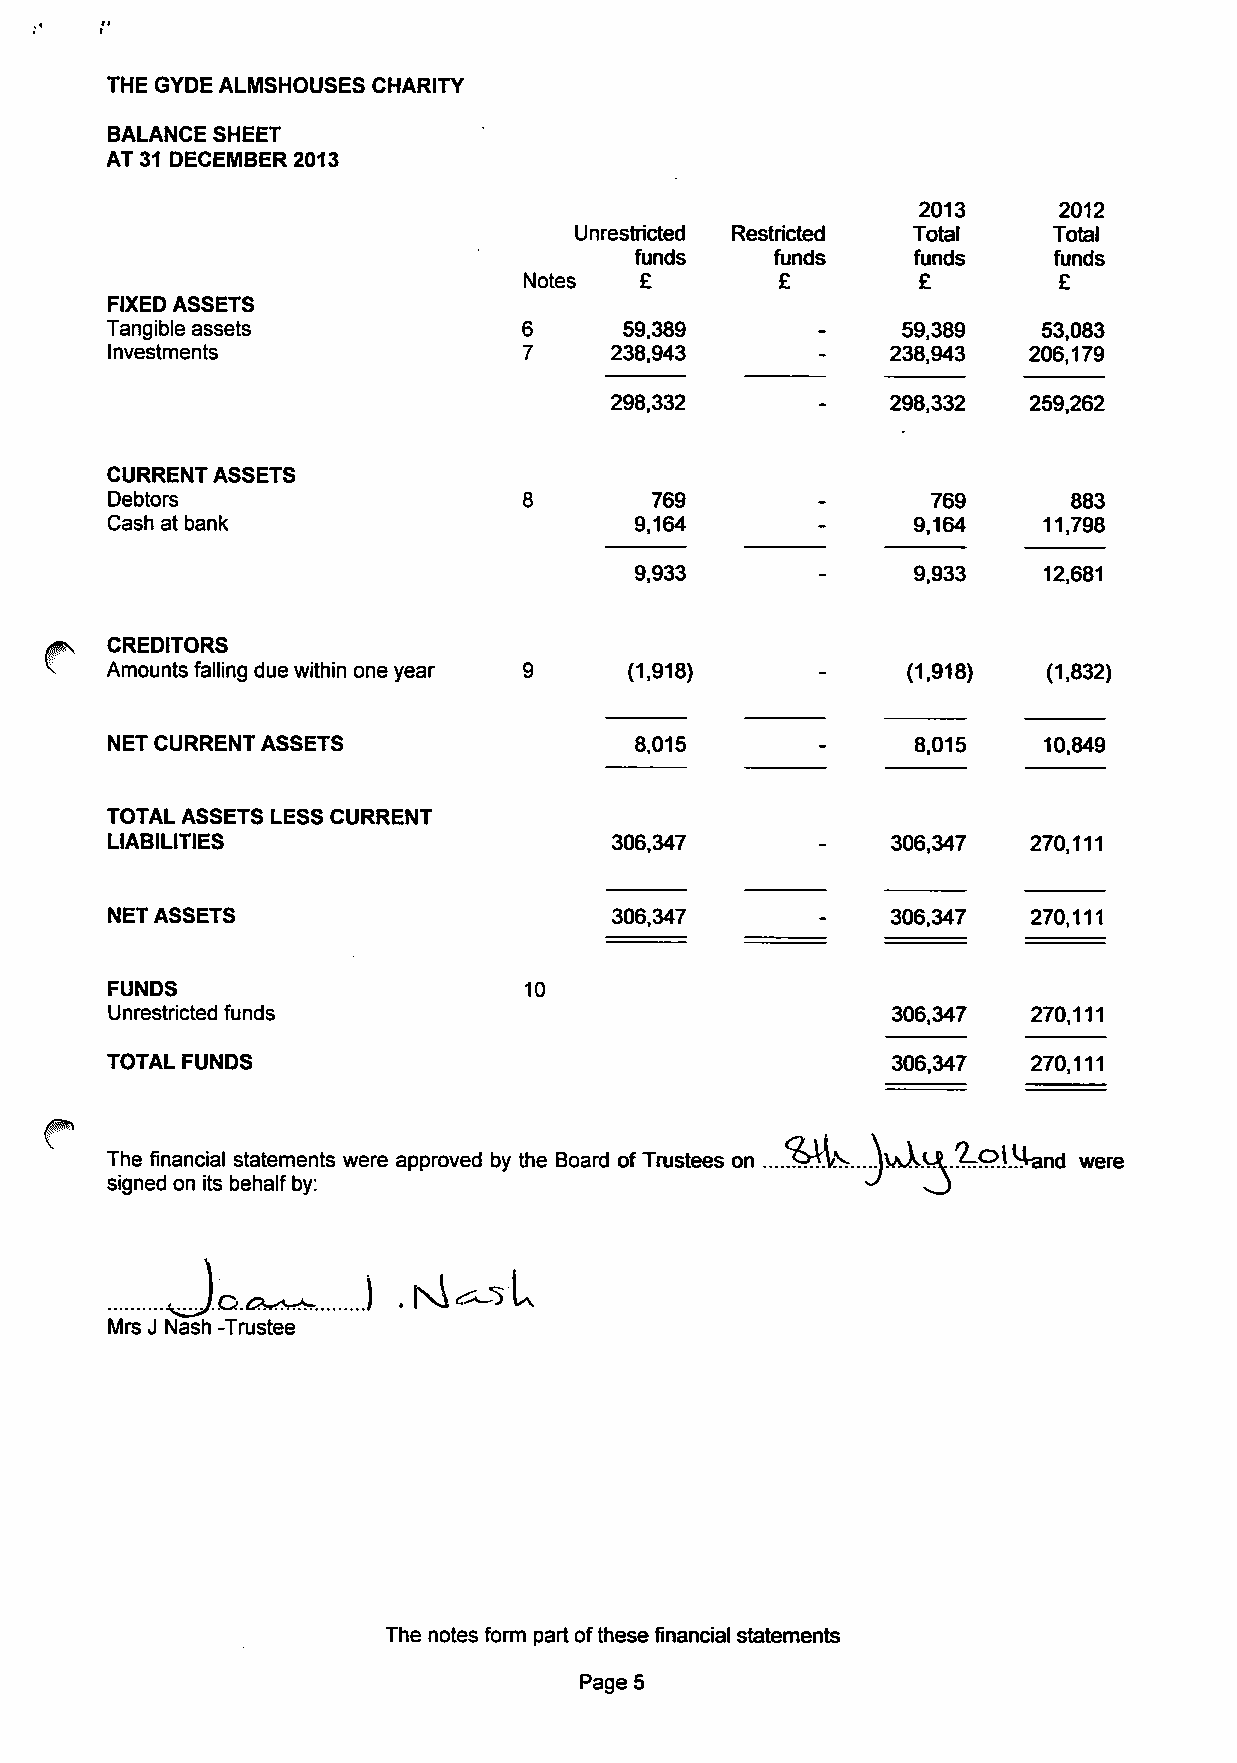
THE GYDE ALMSHOUSESCHARITY
 BALANCESHEET
 AT31 DECEMBER2013
 2013     2012
 Unrestricted Restricted Total   Total
 funds    funds    funds     funds
 Notes  £         £        £        £
 FIXED ASSETS
 Tangibleassets             6      59,389             59,389   53,083
 investments                 7    238,943            238,943  206,179
 298,332            298.332  259,262
 CURRENTASSETS
 Debtors                             769                769      883
 Cash at bank                       9,164             9,164    11,798
 9,933             9,933    12,681
 CREDITORS
 Amountsfallingduewithinoneyear     (1,918)           (1,918)  (1,832)
 NETCURRENTASSETS                   8,015             8.015    10.849
 TOTAL ASSETS LESS CURRENT
 LIABILITIES                      306,347            306,347  270,111
 NET ASSETS                       306,347            306,347  270,111
 FUNDS                       10
 Unrestricted funds                                  306.347  270,111
 TOTAL FUNDS                                         306,347  270,111
 The financial statements were approved by the Board ofTrustees on ....!s>i(\^.....)\AA.'tA.!?TrPl^and
 were
 ssiiganneedd oonn iittss hbpehhaallffhbyv         J   .o l
 j .nI^L
 J^J.&.C?*****:.
 Mrs J Nash-Trustee
 The notesform partofthesefinancial statements
 Page 5